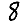
Digit: 8